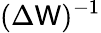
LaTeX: (\Delta\mathsf{W})^{-1}